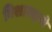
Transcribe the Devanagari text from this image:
विशारदाणे